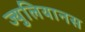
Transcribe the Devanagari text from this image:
ज्युलियानस